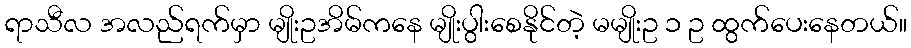
ရာသီလ အလည်ရက်မှာ မျိုးဥအိမ်ကနေ မျိုးပွါးစေနိုင်တဲ့ မမျိုးဥ ၁ ဥ ထွက်ပေးနေတယ်။